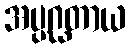
အပ္ပဂ္ဃတာယ